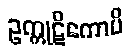
ဥက္ကုဋိကောပိ